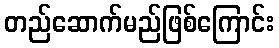
တည်ဆောက်မည်ဖြစ်ကြောင်း